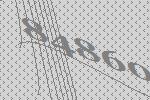
84860